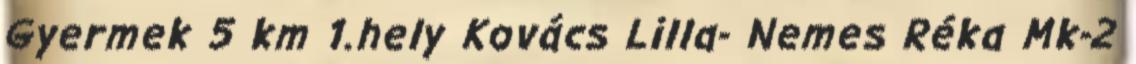
Gyermek 5 km 1.hely Kovács Lilla- Nemes Réka Mk-2